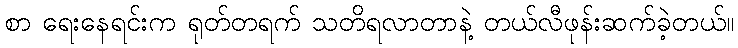
စာ ရေးနေရင်းက ရုတ်တရက် သတိရလာတာနဲ့ တယ်လီဖုန်းဆက်ခဲ့တယ်။